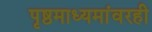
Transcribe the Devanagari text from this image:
पृष्ठमाध्यमांवरही